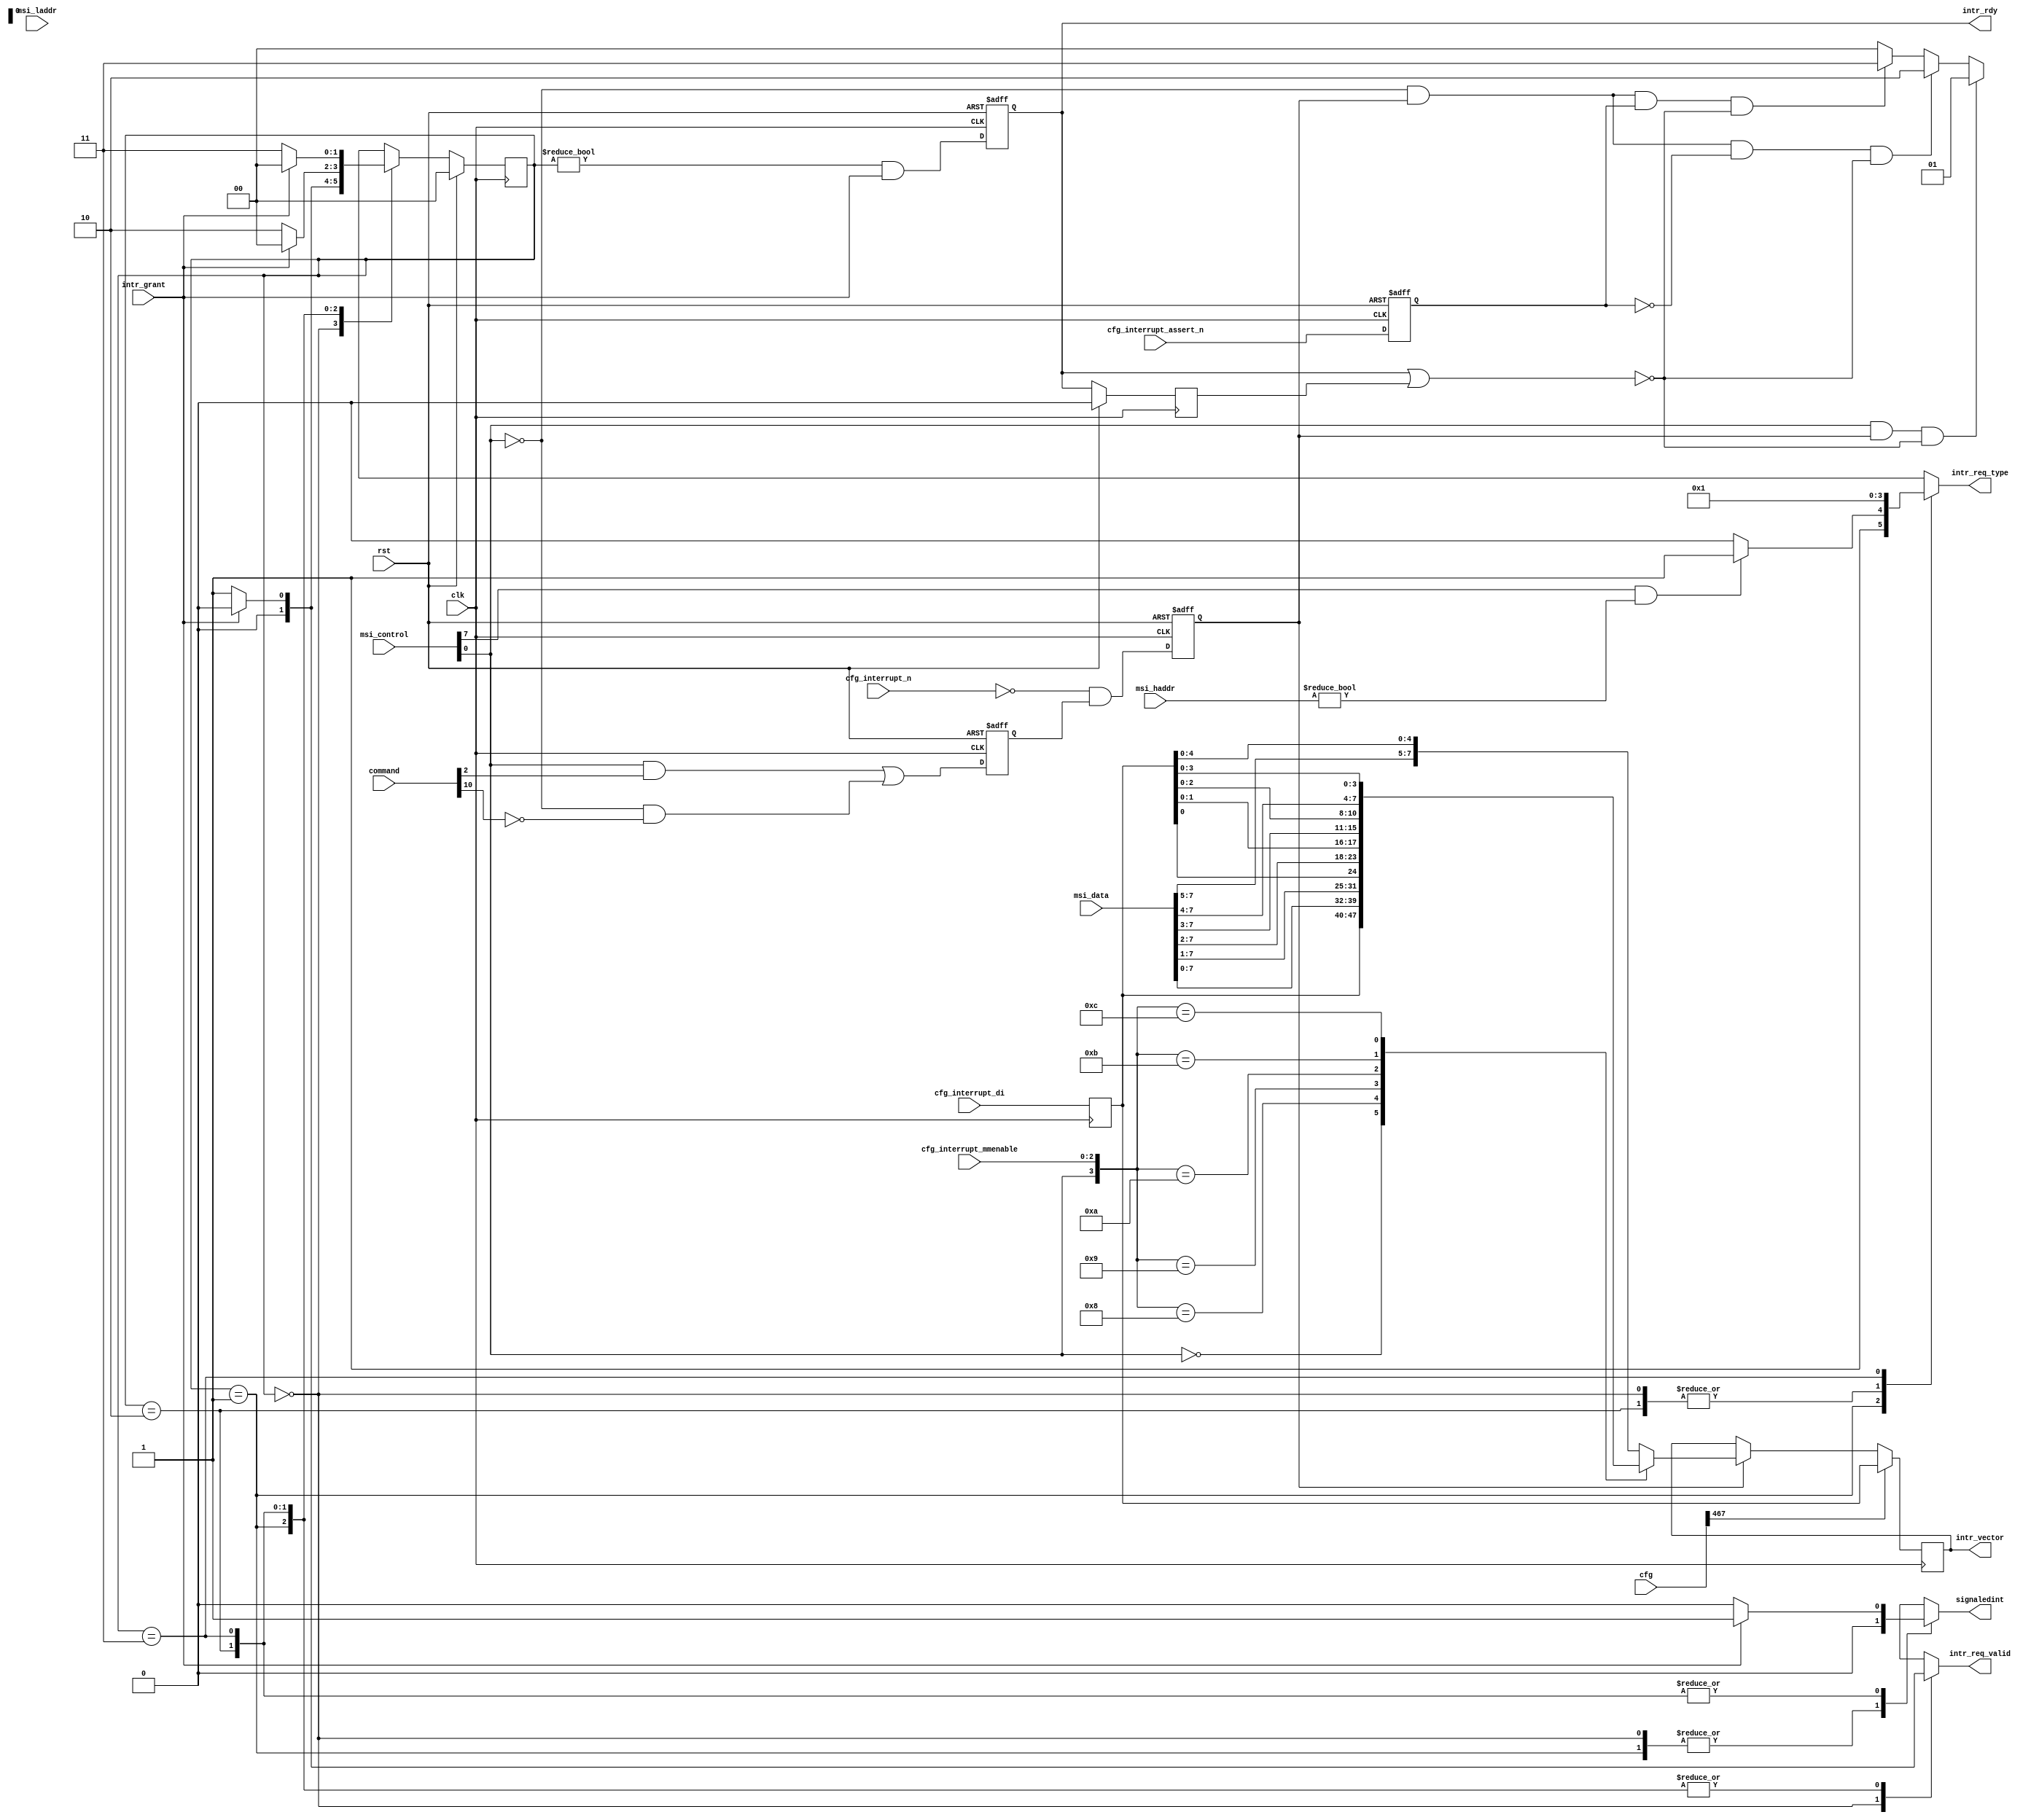

//-----------------------------------------------------------------------------
//
// (c) Copyright 2009-2010 Xilinx, Inc. All rights reserved.
//
// This file contains confidential and proprietary information
// of Xilinx, Inc. and is protected under U.S. and
// international copyright and other intellectual property
// laws.
//
// DISCLAIMER
// This disclaimer is not a license and does not grant any
// rights to the materials distributed herewith. Except as
// otherwise provided in a valid license issued to you by
// Xilinx, and to the maximum extent permitted by applicable
// law: (1) THESE MATERIALS ARE MADE AVAILABLE "AS IS" AND
// WITH ALL FAULTS, AND XILINX HEREBY DISCLAIMS ALL WARRANTIES
// AND CONDITIONS, EXPRESS, IMPLIED, OR STATUTORY, INCLUDING
// BUT NOT LIMITED TO WARRANTIES OF MERCHANTABILITY, NON-
// INFRINGEMENT, OR FITNESS FOR ANY PARTICULAR PURPOSE; and
// (2) Xilinx shall not be liable (whether in contract or tort,
// including negligence, or under any other theory of
// liability) for any loss or damage of any kind or nature
// related to, arising under or in connection with these
// materials, including for any direct, or any indirect,
// special, incidental, or consequential loss or damage
// (including loss of data, profits, goodwill, or any type of
// loss or damage suffered as a result of any action brought
// by a third party) even if such damage or loss was
// reasonably foreseeable or Xilinx had been advised of the
// possibility of the same.
//
// CRITICAL APPLICATIONS
// Xilinx products are not designed or intended to be fail-
// safe, or for use in any application requiring fail-safe
// performance, such as life-support or safety devices or
// systems, Class III medical devices, nuclear facilities,
// applications related to the deployment of airbags, or any
// other applications that could lead to death, personal
// injury, or severe property or environmental damage
// (individually and collectively, "Critical
// Applications"). Customer assumes the sole risk and
// liability of any use of Xilinx products in Critical
// Applications, subject only to applicable laws and
// regulations governing limitations on product liability.
//
// THIS COPYRIGHT NOTICE AND DISCLAIMER MUST BE RETAINED AS
// PART OF THIS FILE AT ALL TIMES.
//
//-----------------------------------------------------------------------------
// Project    : V5-Block Plus for PCI Express
//--------------------------------------------------------------------------------
//--------------------------------------------------------------------------------

`define FFD 1

module cmm_intr (
                signaledint,         // Outputs
                intr_req_valid,
                intr_req_type,
                intr_rdy,
                cfg_interrupt_n,     // Inputs
                cfg_interrupt_assert_n, 
                cfg_interrupt_di,
                cfg_interrupt_mmenable,
                msi_data,
                intr_vector,
                command,
                msi_control,
                msi_laddr,
                msi_haddr,
                intr_grant,
                cfg,
                rst,
                clk
                ) /* synthesis syn_hier ="hard"*/;

//This indicates (to Status register) that a Legacy Interrupt has been sent
output         signaledint;          // Outputs
output         intr_req_valid;
output  [1:0]  intr_req_type; 
output         intr_rdy; 

output [7:0]   intr_vector;
input          cfg_interrupt_assert_n;
input  [7:0]   cfg_interrupt_di;
input  [15:0]  msi_data;
input  [2:0]   cfg_interrupt_mmenable;
input          cfg_interrupt_n;     // Inputs
input  [15:0]  command; 
input  [15:0]  msi_control; 
input  [31:0]  msi_laddr; 
input  [31:0]  msi_haddr; 
input          intr_grant; 
input [1023:0] cfg;
input          rst; 
input          clk;    

reg         signaledint;          // Outputs
wire        intr_rdy; 

reg         q_intr_req_valid;
reg  [1:0]  q_intr_req_type; 

// notes 
// msi_control[0] is msi_mode
// 64 bit address capable bit 7 of message control
// This design supports only one message 
// command [10] is interrupt disable

parameter [1:0] IDLE          = 2'b00;
parameter [1:0] SEND_MSI      = 2'b01;
parameter [1:0] SEND_ASSERT   = 2'b10;
parameter [1:0] SEND_DEASSERT = 2'b11;

wire msi_64;
wire msi_mode;
wire intx_mode;
wire bus_master_en;
wire intr_req;
reg       allow_int;
reg [1:0] state;
reg [1:0] next_state;

assign msi_64 = msi_control[7] &&  (msi_haddr != 0); 
assign msi_mode      = msi_control[0]; 
assign intx_mode     = ~command[10]; 
assign bus_master_en = command[2];
assign intr_req = !cfg_interrupt_n && allow_int;  

reg intr_req_q = 0;
reg intr_rdyx  = 0;
reg cfg_interrupt_assert_n_q = 1;
reg [7:0] cfg_interrupt_di_q = 0;
reg [7:0] intr_vector        = 0;

always @(posedge clk or posedge rst) begin
   if (rst) begin 
      intr_req_q <= #`FFD 1'b0;
      allow_int  <= #`FFD 1'b0;
      intr_rdyx  <= #`FFD 1'b0;
      cfg_interrupt_assert_n_q  <= #`FFD 1'b1;
   end else begin 
      intr_req_q <= #`FFD intr_req;
      allow_int  <= #`FFD ((msi_mode && bus_master_en) || (!msi_mode && intx_mode));  
      intr_rdyx  <= #`FFD (state != IDLE) && intr_grant;
      cfg_interrupt_assert_n_q  <= #`FFD cfg_interrupt_assert_n;
   end
end

always @(posedge clk) begin
   cfg_interrupt_di_q <= #`FFD cfg_interrupt_di;
end

always @(posedge clk) begin
   //This override will permit the user to alter all 8 MSI bits
   if (cfg[467]) begin
     intr_vector          <= #`FFD cfg_interrupt_di_q[7:0];
   end else if (intr_req_q) begin 
     casez ({msi_mode,cfg_interrupt_mmenable})
     4'b0???: intr_vector <= #`FFD cfg_interrupt_di_q[7:0];
     4'b1000: intr_vector <= #`FFD msi_data[7:0];
     4'b1001: intr_vector <= #`FFD {msi_data[7:1],cfg_interrupt_di_q[0]};
     4'b1010: intr_vector <= #`FFD {msi_data[7:2],cfg_interrupt_di_q[1:0]};
     4'b1011: intr_vector <= #`FFD {msi_data[7:3],cfg_interrupt_di_q[2:0]};
     4'b1100: intr_vector <= #`FFD {msi_data[7:4],cfg_interrupt_di_q[3:0]};
     4'b1101: intr_vector <= #`FFD {msi_data[7:5],cfg_interrupt_di_q[4:0]};
     default: intr_vector <= #`FFD {msi_data[7:5],cfg_interrupt_di_q[4:0]};
     endcase
   end
end

wire        intr_req_valid = q_intr_req_valid;
wire [1:0]  intr_req_type  = q_intr_req_type;
reg         intr_rdy_q;

always @(posedge clk) begin
   if (rst) begin
      intr_rdy_q     <= #`FFD 0;
   end else begin
      intr_rdy_q     <= #`FFD intr_rdy;
   end
end

wire send_assert;
wire send_deassert;
wire send_msi;

assign send_assert  = !msi_mode && intr_req_q && ~cfg_interrupt_assert_n_q && 
                      ~(intr_rdy || intr_rdy_q);
assign send_deassert= !msi_mode && intr_req_q &&  cfg_interrupt_assert_n_q &&
                      ~(intr_rdy || intr_rdy_q);
assign send_msi     =  msi_mode && intr_req_q &&
                      ~(intr_rdy || intr_rdy_q);

always @(posedge clk) begin
   if (rst) begin
      state          <= #`FFD IDLE;
   end
   else begin
      state          <= #`FFD next_state;
   end
end 

always @*
begin
   next_state = IDLE;
   signaledint = 0;
   q_intr_req_type = 0;
   q_intr_req_valid = 0;

   case (state) // synthesis full_case parallel_case 
      IDLE : begin
                q_intr_req_type = 0;
                q_intr_req_valid = 0;
                signaledint = 0;

                if (send_msi) begin
                   next_state = SEND_MSI;
                end
                else if (send_assert) begin
                   next_state = SEND_ASSERT;
                end
                else if (send_deassert) begin
                   next_state = SEND_DEASSERT;
                end
                else begin
                   next_state = IDLE;
                end
             end
  SEND_MSI : begin
                q_intr_req_type = msi_64 ? 2'b11 : 2'b10;

                if (intr_grant) begin
                   q_intr_req_valid = 0;
                   next_state = IDLE;
                   signaledint = 0;
                end
                else begin
                   q_intr_req_valid = 1;
                   next_state = SEND_MSI;
                   signaledint = 0;
                end
             end
 SEND_ASSERT : begin
                q_intr_req_type = 2'b00;

                if (intr_grant) begin
                   q_intr_req_valid = 0;
                   next_state = IDLE;
                   signaledint = 1;
                end
                else begin
                   q_intr_req_valid = 1;
                   next_state = SEND_ASSERT;
                   signaledint = 0;
                end
             end
 SEND_DEASSERT : begin
                q_intr_req_type = 2'b01;

                if (intr_grant) begin
                   q_intr_req_valid = 0;
                   next_state = IDLE;
                   signaledint = 1;
                end
                else begin
                   q_intr_req_valid = 1;
                   next_state = SEND_DEASSERT;
                   signaledint = 0;
                end
             end
   endcase
end

assign intr_rdy = intr_rdyx;

endmodule